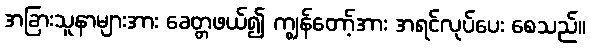
အခြားသူနာများအား ခေတ္တဖယ်၍ ကျွန်တော့်အား အရင်လုပ်ပေး စေသည်။